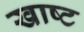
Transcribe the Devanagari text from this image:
खाष्ट